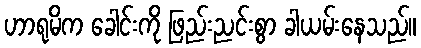
ဟာရုမိက ခေါင်းကို ဖြည်းညင်းစွာ ခါယမ်းနေသည်။